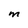
Character: M